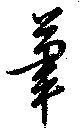
筆